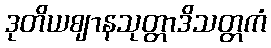
ဒုတိယဈာနသုတ္တာဒိသတ္တကံ